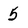
Character: 5